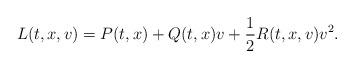
LaTeX: \begin{align*}L(t, x,v)=P(t, x) +Q(t, x) v +\frac{1}{2} R(t, x, v) v^{2}.\end{align*}